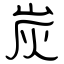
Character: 炭